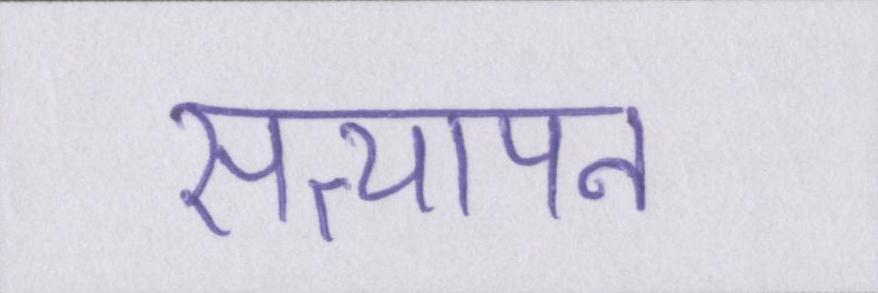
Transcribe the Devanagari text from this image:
सत्यापन